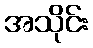
အသိုင်း